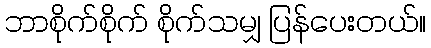
ဘာစိုက်စိုက် စိုက်သမျှ ပြန်ပေးတယ်။